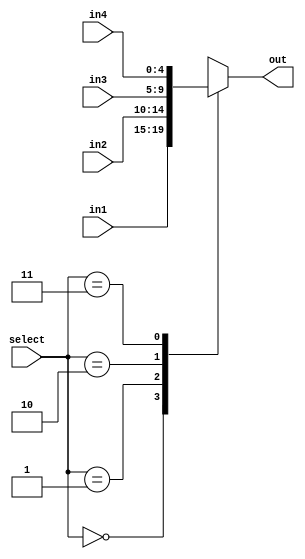
module muxQuatro5B(in1,in2, in3, in4, select,out);
	input[4:0] in1, in2, in3, in4;
	input [1:0] select;
	output wire[4:0] out;
	reg[4:0] outReg;
	assign out = outReg;
	always @(*) 
		case(select)
			2'b00: outReg = in1;
			2'b01: outReg = in2;
			2'b10: outReg = in3;
			2'b11: outReg = in4;
		endcase
endmodule